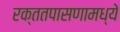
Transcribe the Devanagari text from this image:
रक्ततपासणामध्ये